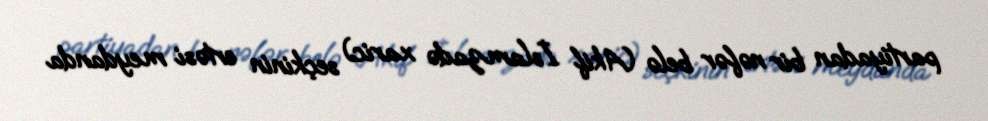
partiyadan bir nəfər belə (Akif İslamzadə xaric) seçkinin ertəsi meydanda